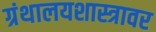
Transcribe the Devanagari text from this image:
ग्रंथालयशास्त्रावर